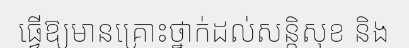
ធ្វើឱ្យមានគ្រោះថ្នាក់ដល់សន្តិសុខ និង